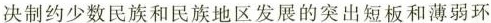
决制约少数民族和民族地区发展的突出短板和薄弱环